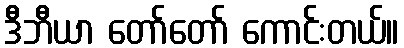
ဒီဘီယာ တော်တော် ကောင်းတယ်။